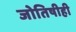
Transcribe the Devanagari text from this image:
जोतिषीही